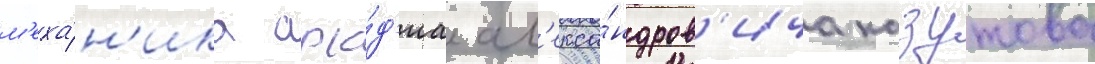
м'еха́н'ика арка́д'иа ал'екса́ндров'ича казутова